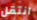
انتقل